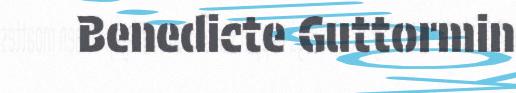
Benedicte Guttormin